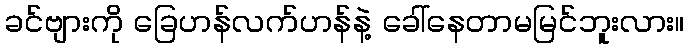
ခင်ဗျားကို ခြေဟန်လက်ဟန်နဲ့ ခေါ်နေတာမမြင်ဘူးလား။